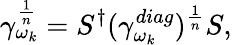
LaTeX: \gamma_{\omega_{k}}^{\frac{1}{n}}=S^{\dagger}(\gamma_{\omega_{k}}^{diag})^{\frac{1}{n}}S,